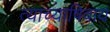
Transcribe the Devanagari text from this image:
त्याच्याषिवाय